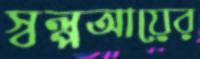
স্বল্পআয়ের